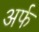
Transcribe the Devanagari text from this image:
अर्फ